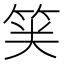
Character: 𱷺